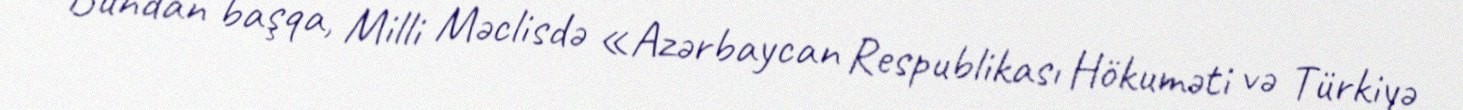
Bundan başqa, Milli Məclisdə «Azərbaycan Respublikası Hökuməti və Türkiyə